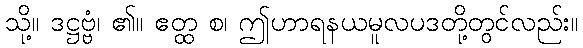
သို့။ ဒဋ္ဌဗ္ဗံ၊ ၏။ ဧတ္ထ စ၊ ဤဟာရနယမူလပဒတို့တွင်လည်း။